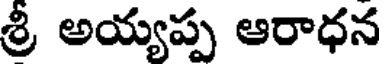
శ్రీ అయ్యప్ప ఆరాధన